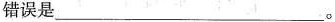
错误是___。